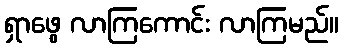
ရှာဖွေ လာကြကောင်း လာကြမည်။